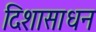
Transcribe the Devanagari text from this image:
दिशासाधन